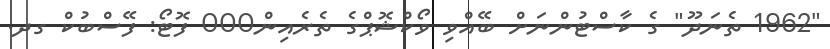
"1962 ތެނަދޫ" ގެ ކާސްޓުންނަށް ބޭއްވި ވޯކްޝޮޕްގެ ތެރެއިން000 ފޮޓޯ: ފޭސްބުކް ގދ.